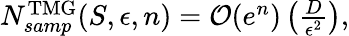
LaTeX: \begin{array}{r}{N_{samp}^{\mathrm{TMG}}(S,\epsilon,n)=\mathcal{O}(e^{n})\left(\frac{D}{\epsilon^{2}}\right),}\end{array}